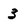
Character: 3